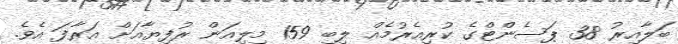
ބަލާއިރު 38 ޕަސެންޓްގެ ކުރިއެރުމެއް ލިބި 159 މިލިއަން ރުފިޔާއަށް އަރާފަ އެވެ.